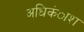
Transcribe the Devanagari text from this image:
अधिकंाश